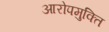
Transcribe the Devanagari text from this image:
आरोपमुक्ति